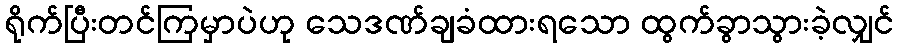
ရိုက်ပြီးတင်ကြမှာပဲဟု သေဒဏ်ချခံထားရသော ထွက်ခွာသွားခဲ့လျှင်